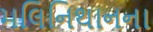
મલિનિથાનના